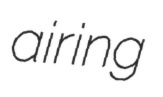
airing